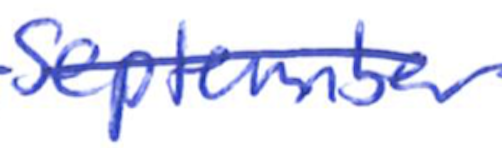
Text: September
Cross-out: single-line
Writing tool: ballpoint